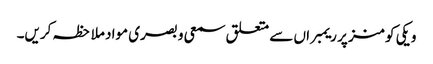
ویکی کومنز پر ریمبراں سے متعلق سمعی و بصری مواد ملاحظہ کریں۔